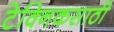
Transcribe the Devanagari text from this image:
टेक्निकसाठी